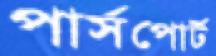
পার্সপোর্ট